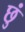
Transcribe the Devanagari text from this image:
छुं